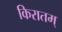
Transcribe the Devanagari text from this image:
किरातम्